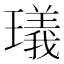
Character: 㼁